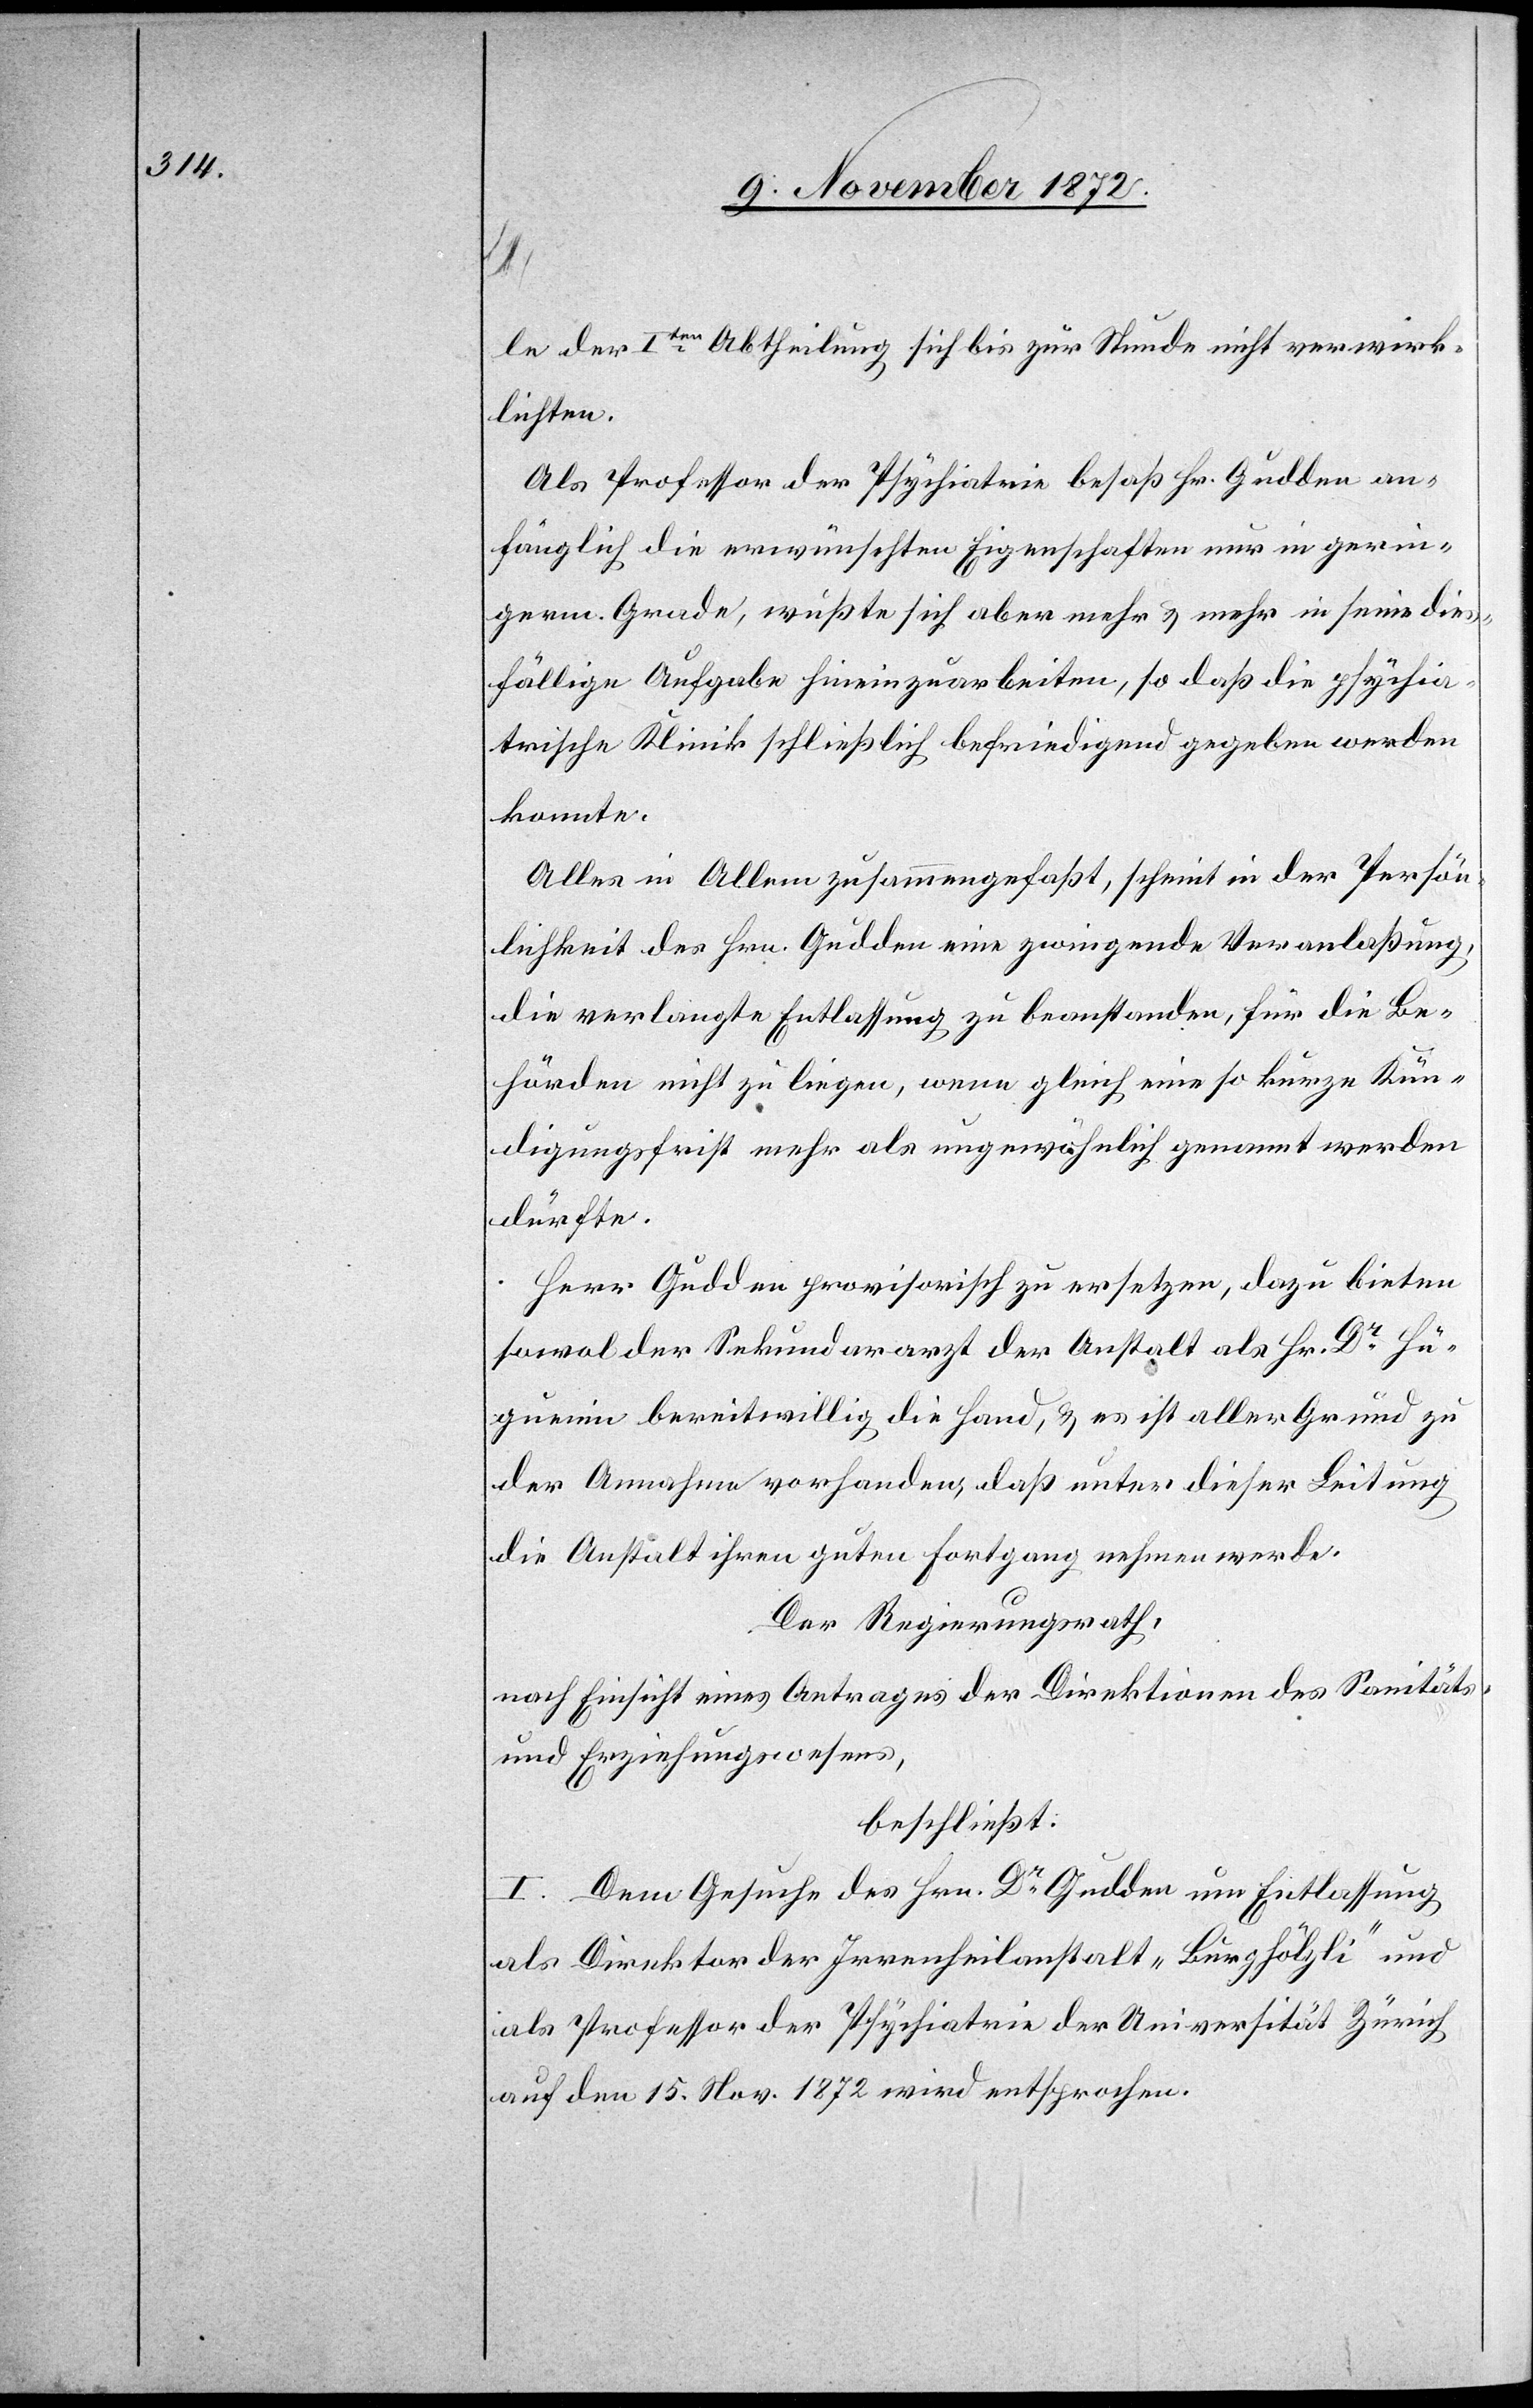
le der Iten Abtheilung sich bis zur Stunde nicht verwirk¬
lichten.
Als Professor der Psychiatrie besaß Hr. Gudden an¬
fänglich die erwünschten Eigenschaften nur in gerin¬
germ Grade, wußte sich aber mehr u. mehr in seine dies¬
fällige Aufgabe hineinzuarbeiten, so daß die psychia¬
trische Klinik schließlich befriedigend gegeben werden
konnte.
Alles in Allem zusammengefaßt, scheint in der Persön¬
lichkeit des Hrn. Gudden eine zwingende Veranlaßung,
die verlangte Entlassung zu beanstanden, für die Be¬
hörden nicht zu liegen, wenn gleich eine so kurze Kün¬
digungsfrist mehr als ungewöhnlich genannt werden
dürfte.
Herr Gudden provisorisch zu ersetzen, dazu bieten
sowol der Sekundararzt der Anstalt als Hr. Dr Hü¬
guenin bereitwillig die Hand, u. es ist aller Grund zu
der Annahme vorhanden, daß unter dieser Leitung
die Anstalt ihren guten Fortgang nehmen werde.
Der Regierungsrath,
nach Einsicht eines Antrages der Direktionen des Sanitäts-
beschließt:
I. Dem Gesuche des Hrn. Dr Gudden um Entlassung
als Direktor der Irrenheilanstalt „Burghölzli“ und
als Professor der Psychiatrie der Universität Zürich
auf den 15. Nov. 1872 wird entsprochen.